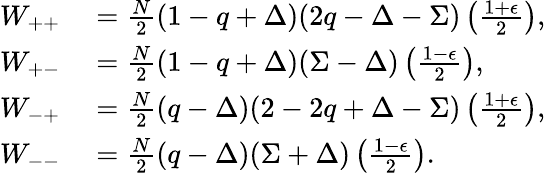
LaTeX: \begin{array}{rl}{W_{++}}&{{}=\frac{N}{2}\left(1-q+\Delta\right)(2q-\Delta-\Sigma)\left(\frac{1+\epsilon}{2}\right),}\\ {W_{+-}}&{{}=\frac{N}{2}\left(1-q+\Delta\right)(\Sigma-\Delta)\left(\frac{1-\epsilon}{2}\right),}\\ {W_{-+}}&{{}=\frac{N}{2}\left(q-\Delta\right)(2-2q+\Delta-\Sigma)\left(\frac{1+\epsilon}{2}\right),}\\ {W_{--}}&{{}=\frac{N}{2}\left(q-\Delta\right)(\Sigma+\Delta)\left(\frac{1-\epsilon}{2}\right).}\end{array}